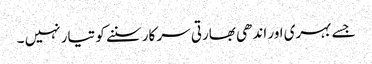
جسے بہری اور اندھی بھارتی سر کار سننے کو تیار نہیں ۔